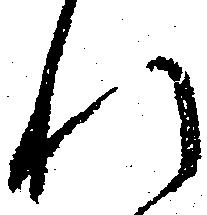
れ